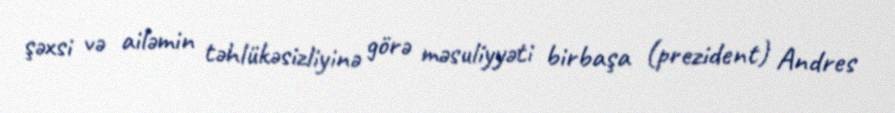
şəxsi və ailəmin təhlükəsizliyinə görə məsuliyyəti birbaşa (prezident) Andres